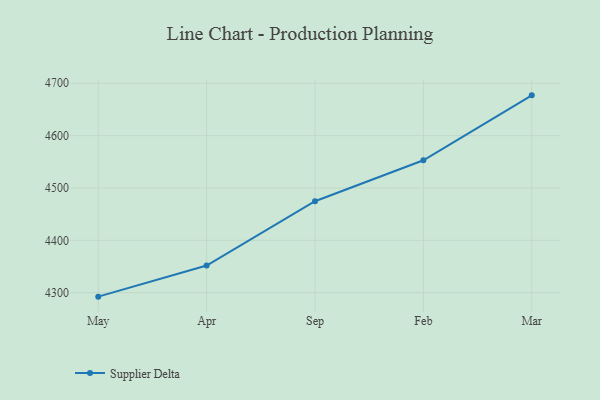
{"axis": {"x": "Month", "y": "Energy Usage (MWh)"}, "legend": ["Supplier Delta"], "data": [{"x": "May", "y": 4292.4, "type": "Supplier Delta"}, {"x": "Apr", "y": 4351.8, "type": "Supplier Delta"}, {"x": "Sep", "y": 4474.6, "type": "Supplier Delta"}, {"x": "Feb", "y": 4552.9, "type": "Supplier Delta"}, {"x": "Mar", "y": 4676.9, "type": "Supplier Delta"}]}